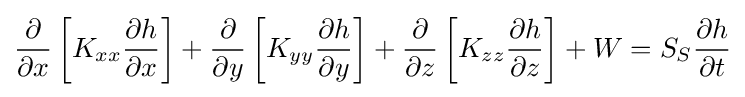
{\frac {\partial }{\partial x}}\left[K_{xx}{\frac {\partial h}{\partial x}}\right]+{\frac {\partial }{\partial y}}\left[K_{yy}{\frac {\partial h}{\partial y}}\right]+{\frac {\partial }{\partial z}}\left[K_{zz}{\frac {\partial h}{\partial z}}\right]+W=S_{S}{\frac {\partial h}{\partial t}}